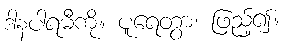
ဒါနပါရမီကို။ ပူရေတွာ၊ ဖြည့်၍။